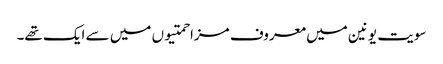
سویت یونین میں معروف مزاحمتیوں میں سے ایک تھے۔